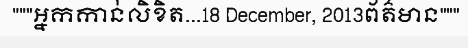
"""អ្នកកាន់លិខិត...18 December, 2013ព័ត៌មាន"""